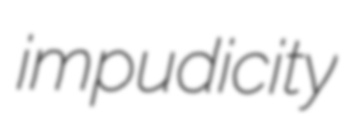
impudicity